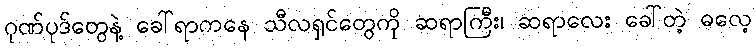
ဂုဏ်ပုဒ်တွေနဲ့ ခေါ်ရာကနေ သီလရှင်တွေကို ဆရာကြီး၊ ဆရာလေး ခေါ်တဲ့ ဓလေ့